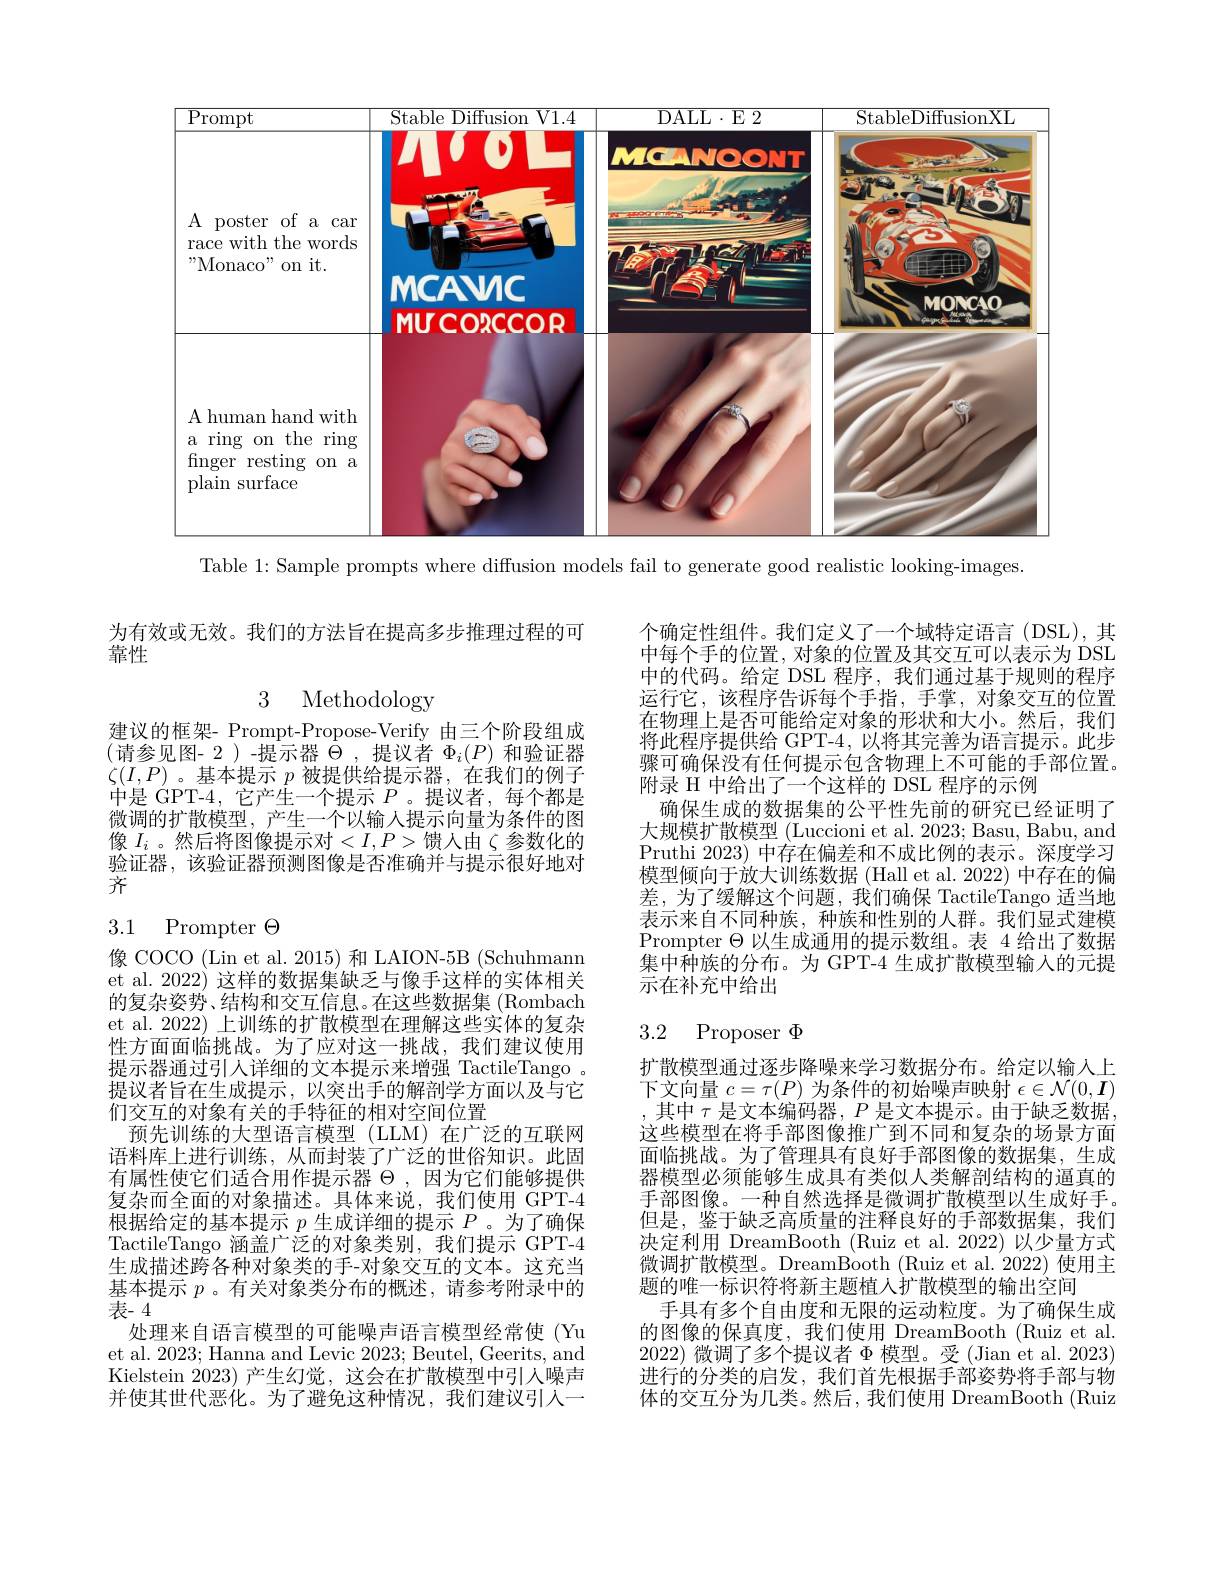
<FigureHere>

Table 1: Sample prompts where diffusion models fail to generate good realistic looking-images.

为有效或无效。我们的方法旨在提高多步推理过程的可
靠性

3 Methodology

建议的框架- Prompt-Propose-Verify 由三个阶段组成(请参见图- 2)-提示器$\hat{\Theta}$,提议者$\Phi_i(P)$ 和验证器$\zeta(I,P)$ 。基本提示$p$被提供给提示器，在我们的例子中是 GPT-4,它产生一个提示$P$。提议者，每个都是微调的扩散模型，产生一个以输入提示向量为条件的图像 $I_i$ 。然后将图像提示对$<I,P>$馈人由$\zeta$ 参数化的验证器，该验证器预测图像是否准确并与提示很好地对齐

# 3.1 Prompter$\Theta$

像 COCO (Lin et al. 2015) 和 LAION-5B (Schuhmann et al. 2022) 这样的数据集缺乏与像手这样的实体相关的复杂姿势、结构和交互信息。在这些数据集 (Rombach et al. 2022) 上训练的扩散模型在理解这些实体的复杂性方面面临挑战。为了应对这一挑战，我们建议使用提示器通过引人详细的文本提示来增强 TactileTango 。提议者旨在生成提示，以突出手的解剖学方面以及与它们交互的对象有关的手特征的相对空间位置
预先训练的大型语言模型(LLM)在广泛的互联网语料库上进行训练，从而封装了广泛的世俗知识。此固有属性使它们适合用作提示器$\Theta$ ,因为它们能够提供复杂而全面的对象描述。具体来说，我们使用 GPT-4根据给定的基本提示$p$生成详细的提示$P$ 。为了确保TactileTango 涵盖广泛的对象类别，我们提示 GPT-4生成描述跨各种对象类的手-对象交互的文本。这充当基本提示$p$ 。有关对象类分布的概述，请参考附录中的表- 4
处理来自语言模型的可能噪声语言模型经常使 (Yu et al. 2023; Hanna and Levic 2023; Beutel, Geerits, and Kielstein 2023)产生幻觉，这会在扩散模型中引人噪声并使其世代恶化。为了避免这种情况，我们建议引入一

个确定性组件。我们定义了一个域特定语言(DSL),其中每个手的位置，对象的位置及其交互可以表示为 DSL 中的代码。给定 DSL 程序，我们通过基于规则的程序运行它，该程序告诉每个手指，手掌，对象交互的位置在物理上是否可能给定对象的形状和大小。然后，我们将此程序提供给 GPT-4,以将其完善为语言提示。此步骤可确保没有任何提示包含物理上不可能的手部位置。附录 H 中给出了一个这样的 DSL 程序的示例
确保生成的数据集的公平性先前的研究已经证明了大规模扩散模型 (Luccioni et al. 2023; Basu, Babu, and Pruthi 2023) 中存在偏差和不成比例的表示。深度学习模型倾向于放大训练数据 (Hall et al. 2022) 中存在的偏差，为了缓解这个问题，我们确保 TactileTango 适当地表示来自不同种族，种族和性别的人群。我们显式建模Prompter $\Theta$以生成通用的提示数组。表 4 给出了数据$\bar{\text{集中种族的分布。为 GPT-4 生成扩散模型输入的元提}}$ 示在补充中给出

# 3.2 Proposer$\Phi$

扩散模型通过逐步降噪来学习数据分布。给定以输人上下文向量$c=\tau(P)$为条件的初始噪声映射$\epsilon\in\mathcal{N}(0,\boldsymbol{I})$ ,其中 $\tau$ 是文本编码器，$P$ 是文本提示。由于缺乏数据， 这些模型在将手部图像推广到不同和复杂的场景方面面临挑战。为了管理具有良好手部图像的数据集，生成器模型必须能够生成具有类似人类解剖结构的逼真的手部图像。一种自然选择是微调扩散模型以生成好手。但是，鉴于缺乏高质量的注释良好的手部数据集，我们决定利用 DreamBooth (Ruiz et al. 2022) 以少量方式微调扩散模型。DreamBooth (Ruiz et al. 2022) 使用主题的唯一标识符将新主题植人扩散模型的输出空间
手具有多个自由度和无限的运动粒度。为了确保生成的图像的保真度，我们使用 DreamBooth (Ruiz et al. 2022)微调了多个提议者$\Phi$模型。受 (Jian et al. 2023) 进行的分类的启发，我们首先根据手部姿势将手部与物体的交互分为几类。然后，我们使用 DreamBooth (Ruiz